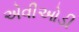
એવીઓડી